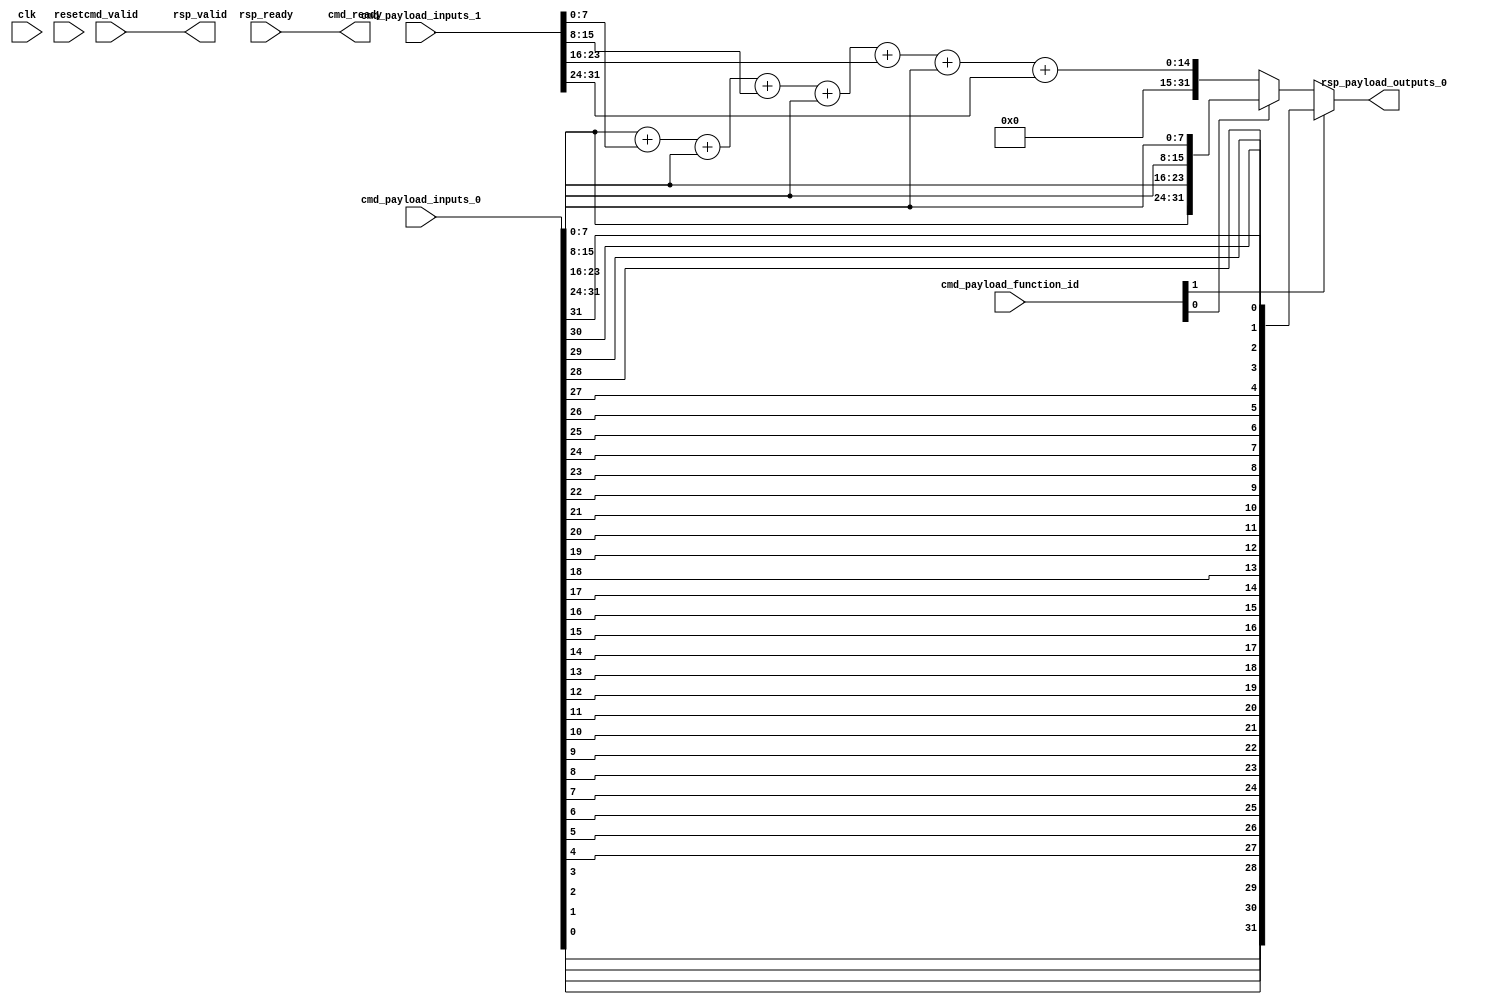
// Copyright 2021 The CFU-Playground Authors
//
// Licensed under the Apache License, Version 2.0 (the "License");
// you may not use this file except in compliance with the License.
// You may obtain a copy of the License at
//
//      http://www.apache.org/licenses/LICENSE-2.0
//
// Unless required by applicable law or agreed to in writing, software
// distributed under the License is distributed on an "AS IS" BASIS,
// WITHOUT WARRANTIES OR CONDITIONS OF ANY KIND, either express or implied.
// See the License for the specific language governing permissions and
// limitations under the License.



module Cfu (
  input               cmd_valid,
  output              cmd_ready,
  input      [9:0]    cmd_payload_function_id,
  input      [31:0]   cmd_payload_inputs_0,
  input      [31:0]   cmd_payload_inputs_1,
  output              rsp_valid,
  input               rsp_ready,
  output     [31:0]   rsp_payload_outputs_0,
  input               clk,
  input               reset
);

  assign rsp_valid = cmd_valid;
  assign cmd_ready = rsp_ready;

  //  byte sum (unsigned)
  wire [31:0] cfu0;
  assign cfu0[31:0] =  cmd_payload_inputs_0[7:0]   + cmd_payload_inputs_1[7:0] +
                       cmd_payload_inputs_0[15:8]  + cmd_payload_inputs_1[15:8] +
                       cmd_payload_inputs_0[23:16] + cmd_payload_inputs_1[23:16] +
                       cmd_payload_inputs_0[31:24] + cmd_payload_inputs_1[31:24];

  // byte swap
  wire [31:0] cfu1;
  assign cfu1[31:24] =     cmd_payload_inputs_0[7:0];
  assign cfu1[23:16] =     cmd_payload_inputs_0[15:8];
  assign cfu1[15:8] =      cmd_payload_inputs_0[23:16];
  assign cfu1[7:0] =       cmd_payload_inputs_0[31:24];

  // bit reverse
  wire [31:0] cfu2;
  genvar n;
  generate
      for (n=0; n<32; n=n+1) begin : cfu
          assign cfu2[n] =     cmd_payload_inputs_0[31-n];
      end
  endgenerate


  //
  // select output -- note that we're not fully decoding the 3 function_id bits
  //
  assign rsp_payload_outputs_0 = cmd_payload_function_id[1] ? cfu2 :
                                      ( cmd_payload_function_id[0] ? cfu1 : cfu0);


endmodule